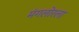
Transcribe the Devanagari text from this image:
मंगलोरला